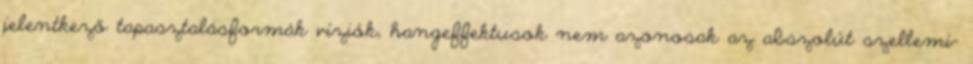
jelentkező tapasztalásformák víziók, hangeffektusok nem azonosak az abszolút szellemi-